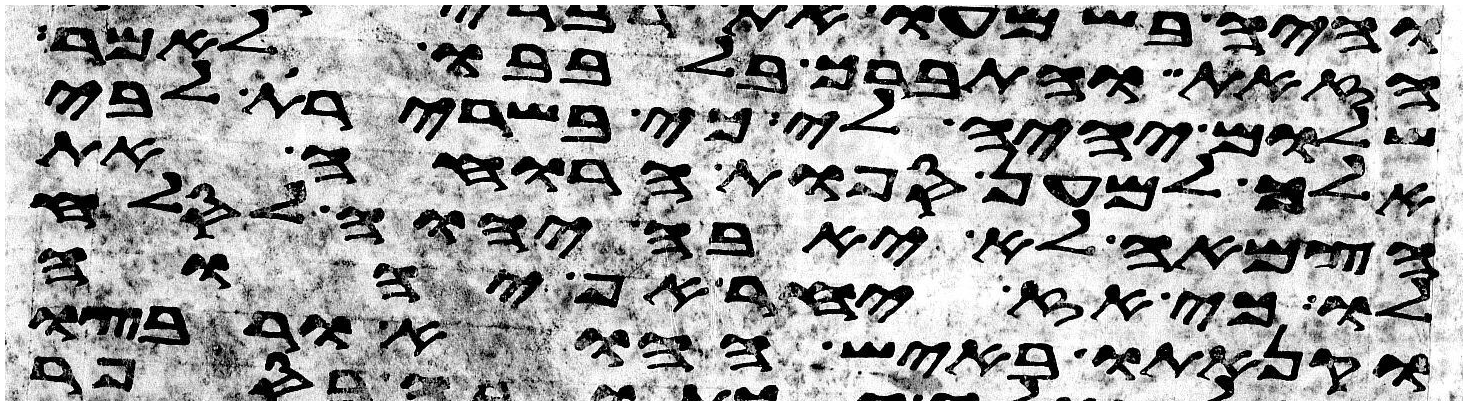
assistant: הזאת והתברך בלבבו לאמר
שלום יהיה לי כי בשרירת לבי
אלך למען ספות הרואה את
הצמאה לא יאבה יהוה לסלח
לו כי אז יחר אף יהוה
וקנאתו באיש ההוא ורבצו